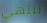
ننتهي